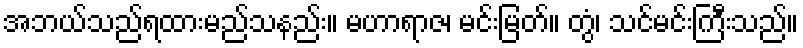
အဘယ်သည်ရထားမည်သနည်း။ မဟာရာဇ၊ မင်းမြတ်။ တွံ၊ သင်မင်းကြီးသည်။